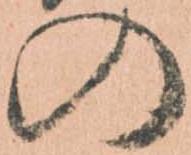
の